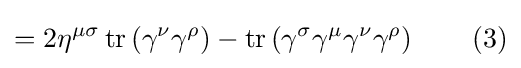
=2\eta ^{\mu \sigma }\operatorname {tr} \left(\gamma ^{\nu }\gamma ^{\rho }\right)-\operatorname {tr} \left(\gamma ^{\sigma }\gamma ^{\mu }\gamma ^{\nu }\gamma ^{\rho }\right)\quad \quad (3)